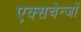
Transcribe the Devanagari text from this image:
एक्सचेन्जों